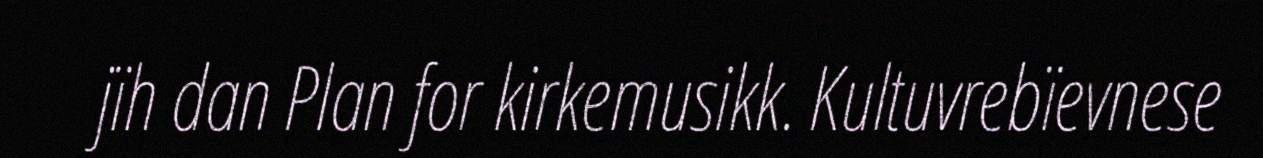
jïh dan Plan for kirkemusikk. Kultuvrebïevnese